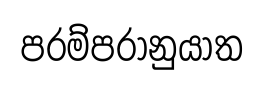
පරම්පරානුයාත